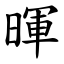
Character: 暉